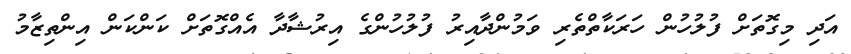
އަދި މިގޮތަށް ފުލުހުން ހަރަކާތްތެރި ވަމުންދާއިރު ފުލުހުންގެ އިރުޝާދާ އެއްގޮތަށް ކަންކަން އިންތިޒާމު